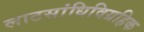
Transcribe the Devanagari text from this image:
लाटसांधिविग्रहिक